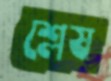
শ্লেষ